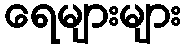
ရေများများ